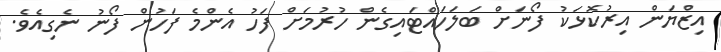
އިޒްޔަން އިރުކޮޅަކު ފޯނަށް ބަލަހައްޓައިގެން ހުރުމަށް ފަހު އެންމެ ފަހުން ފޯނު ނެގިއެވެ.